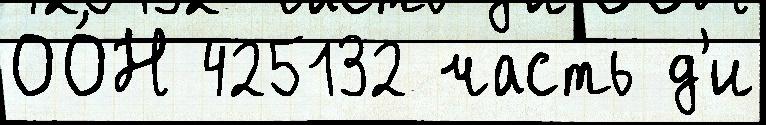
ОО́Н 425132 часть д'и